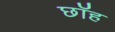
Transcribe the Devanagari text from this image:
छॉह